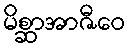
မိစ္ဆာအာဇီဝေ